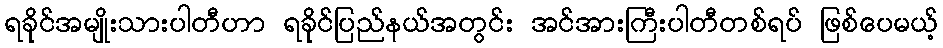
ရခိုင်အမျိုးသားပါတီဟာ ရခိုင်ပြည်နယ်အတွင်း အင်အားကြီးပါတီတစ်ရပ် ဖြစ်ပေမယ့်